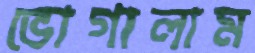
ভোগালাম